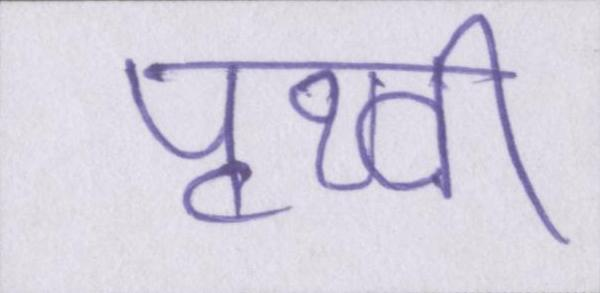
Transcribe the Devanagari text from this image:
पृथ्वी